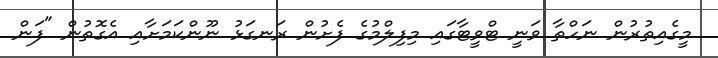
މީގެއިތުރުން ނަހްތާ ވަނީ ޓްވީޓާގައި މިފިލްމުގެ ފެށުން ރަނގަޅު ނޫންކަމަށާއި އެގޮތުން "ފަން